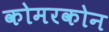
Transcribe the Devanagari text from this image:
कोमरकोन